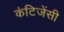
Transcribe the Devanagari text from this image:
कंटिजेंसी